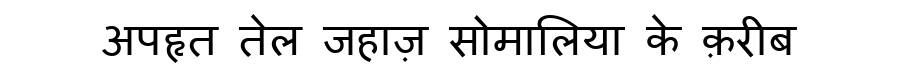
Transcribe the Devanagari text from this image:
अपहृत तेल जहाज़ सोमालिया के क़रीब